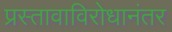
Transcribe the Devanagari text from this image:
प्रस्तावाविरोधानंतर